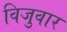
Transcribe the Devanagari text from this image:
विजुवार